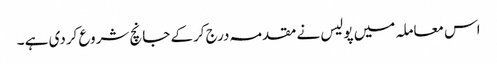
اس معاملہ میں پولیس نے مقدمہ درج کرکے جانچ شروع کردی ہے ۔